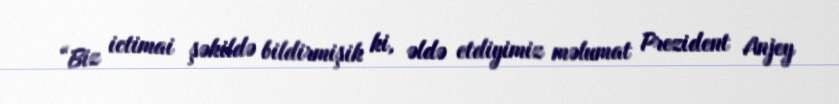
“Biz ictimai şəkildə bildirmişik ki, əldə etdiyimiz məlumat Prezident Anjey